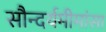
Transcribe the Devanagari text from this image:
सौन्दर्यमीमांसा